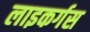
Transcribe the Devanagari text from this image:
लाइकर्गस